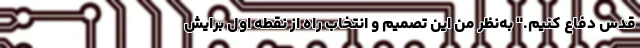
قدس دفاع کنیم." به‌نظر من این تصمیم و انتخاب راه از نقطه اول برایش